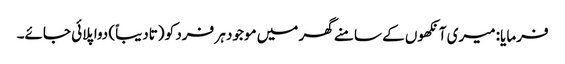
فرمایا: میری آنکھوں کے سامنے گھر میں موجود ہر فرد کو (تادیباً) دوا پلائی جائے۔